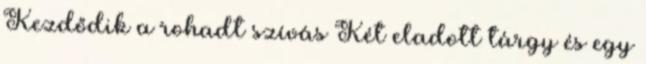
Kezdődik a rohadt szívás Két eladott tárgy és egy